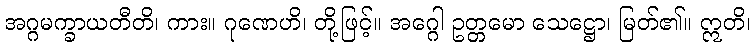
အဂ္ဂမက္ခာယတီတိ၊ ကား။ ဂုဏေဟိ၊ တို့ဖြင့်။ အဂ္ဂေါ ဥတ္တမော သေဋ္ဌော၊ မြတ်၏။ ဣတိ၊